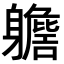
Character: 𨊗